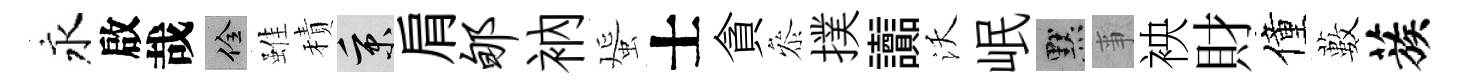
永啟哉佺雖積秉肩郇衲蜑士貪叅撲讟沃岷默亊䘧財僮藪蔟